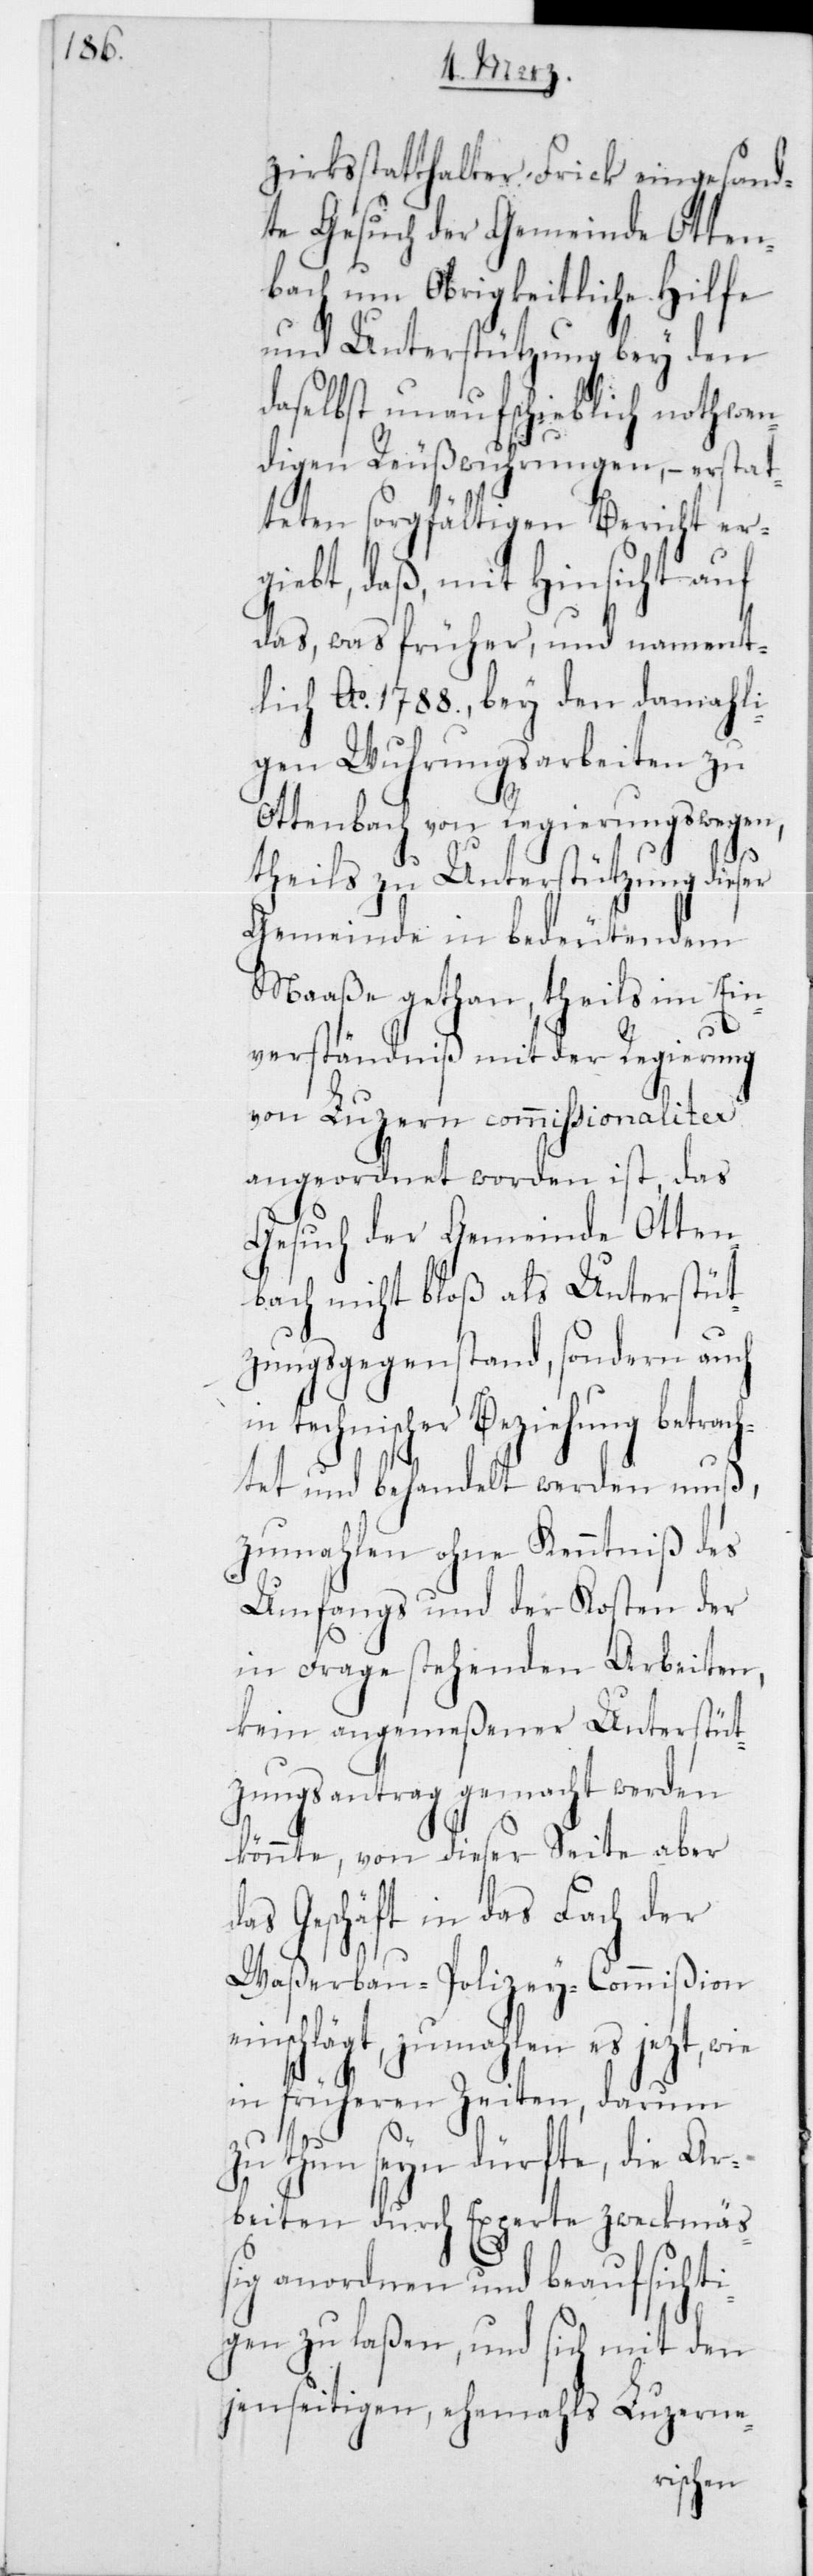
zirksstatthalter Frick eingesand¬
te Gesuch der Gemeinde Otten¬
bach um Obrigkeitliche Hilfe
und Unterstützung bey den
daselbst unaufschieblich nothwen¬
digen Reußwuhrungen, – erstat¬
teten sorgfältigen Bericht er¬
gibt, daß, mit Hinsicht auf
das, was früher, und nament¬
lich Ao 1788, bei den damahl¬
igen Wuhrungsarbeiten zu
Ottenbach von Regierungswegen,
theils zu Unterstützung dieser
Gemeinde in bedeutendem
Maaße gethan, theils im Ein¬
verständniß mit der Regierung
von Luzern commissionaliter
angeordnet worden ist, das
Gesuch der Gemeinde Otten¬
bach nicht bloß als Unterstüt¬
zungsgegenstand, sonder auch
in technischer Beziehung betrach¬
tet und behandelt werden muß,
zumahlen ohne Kenntniß des
Umfangs und der Kosten der
in Frage stehenden Arbeiten,
kein angemeßener Unterstüt¬
zungsantrag gemacht werden
könnte, von dieser Seite aber
das Geschäft in das Fach der
Waßerbau-Polizey-Commißion
einschlägt, zumahlen es jetzt, wie
in früheren Zeiten, darum
zu thun seyn dürfte, die Ar¬
beiten durch Experte zweckmäß¬
ig anordnen und beaufsichti¬
gen zu laßen, und sich mit den
jenseitigen, ehemals Luzerne-